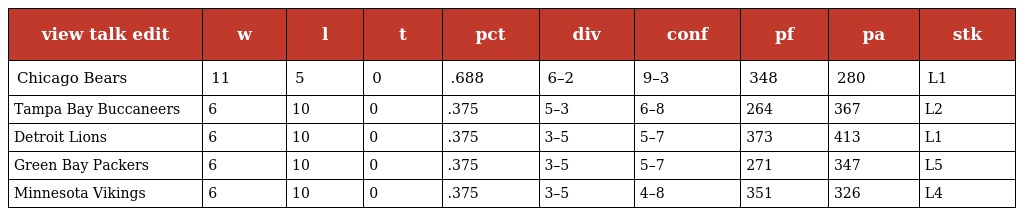
| view talk edit | w | l | t | pct | div | conf | pf | pa | stk |
 | --- | --- | --- | --- | --- | --- | --- | --- | --- | --- |
 | Chicago Bears | 11 | 5 | 0 | .688 | 6–2 | 9–3 | 348 | 280 | L1 |
 | Tampa Bay Buccaneers | 6 | 10 | 0 | .375 | 5–3 | 6–8 | 264 | 367 | L2 |
 | Detroit Lions | 6 | 10 | 0 | .375 | 3–5 | 5–7 | 373 | 413 | L1 |
 | Green Bay Packers | 6 | 10 | 0 | .375 | 3–5 | 5–7 | 271 | 347 | L5 |
 | Minnesota Vikings | 6 | 10 | 0 | .375 | 3–5 | 4–8 | 351 | 326 | L4 |